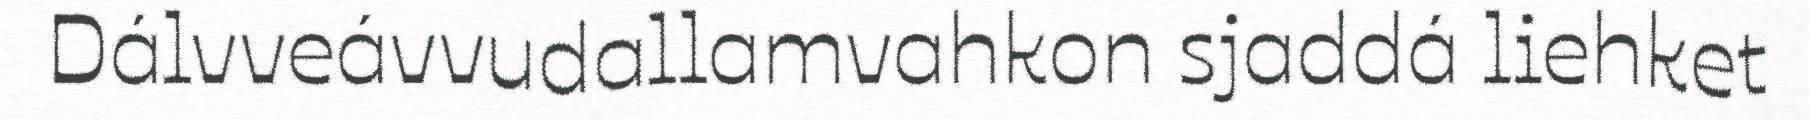
Dálvveávvudallamvahkon sjaddá liehket